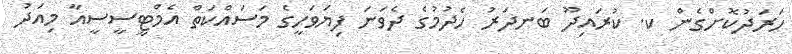
ހަރަދުކޮށްގެން ކ. ކުރައިދޫ ބަނދަރު ހެދުމުގެ ދެވަނަ ފިޔަވަހީގެ މަސައްކަތް އެމްޓީސީސީއާ މިއަދު